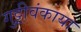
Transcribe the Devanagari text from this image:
गुट्टीवंकाया